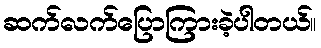
ဆက်လက်ပြောကြားခဲ့ပါတယ်။